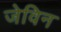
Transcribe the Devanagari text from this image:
जेविन